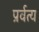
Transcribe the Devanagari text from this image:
प्रर्वत्य